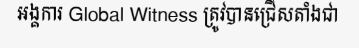
អង្គការ Global Witness ត្រូវបានជ្រើសតាំងជា